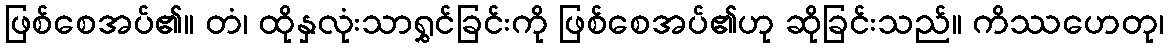
ဖြစ်စေအပ်၏။ တံ၊ ထိုနှလုံးသာရွှင်ခြင်းကို ဖြစ်စေအပ်၏ဟု ဆိုခြင်းသည်။ ကိဿဟေတု၊